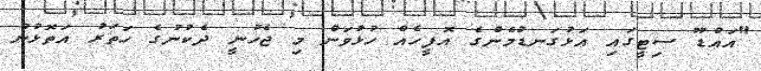
"އައްޑޫ ސިޓީގައި އަޅުގަނޑުމެންގެ އޮފީހެއް ހުޅުވަން މި ޖެހުނީ ދެކުނުގެ ހަތަރު އަތޮޅުން